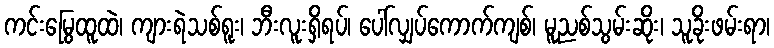
ကင်းမြွေထူထဲ၊ ကျားရဲသစ်ရူး၊ ဘီးလူးရှိရပ်၊ ပေါ်လျှပ်ကောက်ကျစ်၊ မူညစ်သွမ်းဆိုး၊ သူခိုးဖမ်းရာ၊